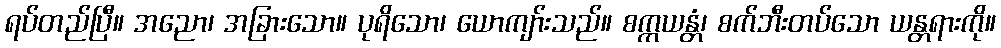
ရပ်တည်ပြီ။ အညော၊ အခြားသော။ ပုရိသော၊ ယောကျာ်းသည်။ စက္ကယန္တံ၊ စက်ဘီးတပ်သော ယန္တရားကို။